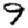
Digit: 9